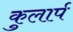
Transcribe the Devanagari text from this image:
कुलार्प